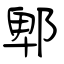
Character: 郫